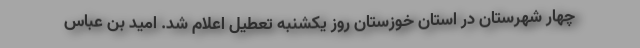
چهار شهرستان در استان خوزستان روز یکشنبه تعطیل اعلام شد. امید بن عباس